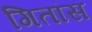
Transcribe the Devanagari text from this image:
गितांस